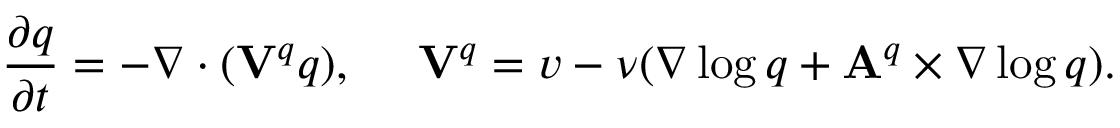
\frac { \partial q } { \partial t } = - \nabla \cdot ( \mathbf { V } ^ { q } q ) , ~ ~ ~ ~ \mathbf { V } ^ { q } = \boldsymbol { v } - \nu ( \nabla \log q + \mathbf { A } ^ { q } \times \nabla \log q ) .